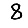
Digit: 8